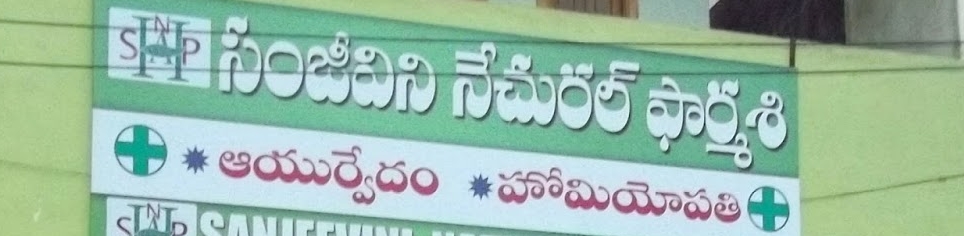
Language: telugu
Transcription: సంజీవిని ఫార్మశి హోమియోపతి నేచురల్